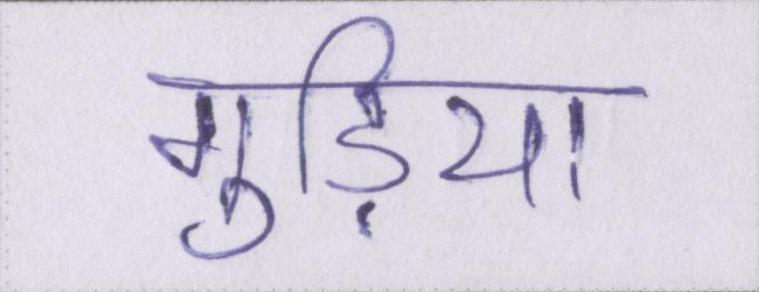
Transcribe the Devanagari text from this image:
गुड़िया